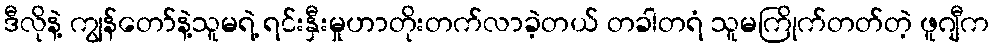
ဒီလိုနဲ့ ကျွန်တော်နဲ့သူမရဲ့ ရင်းနှီးမှုဟာတိုးတက်လာခဲ့တယ် တခါတရံ သူမကြိုက်တတ်တဲ့ ဖူဂျီက